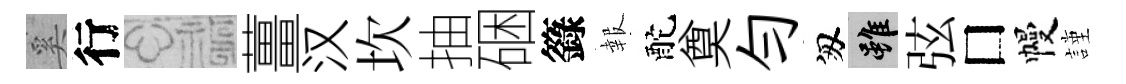
奚行福薑汉坎抽硱籙報酡奠勻匆雖弦□幔謹